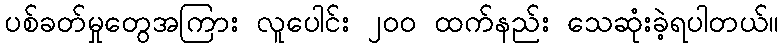
ပစ်ခတ်မှုတွေအကြား လူပေါင်း ၂၀၀ ထက်နည်း သေဆုံးခဲ့ရပါတယ်။